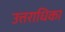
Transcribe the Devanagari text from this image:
उत्तराधिका